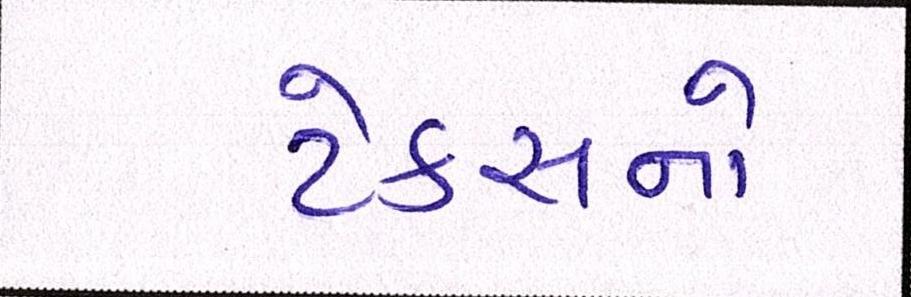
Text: ટેક્સનો